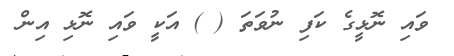
ވައި ނޮޅީގެ ކަފި ނުވަތަ ( ) އަކީ ވައި ނޮޅި އިން